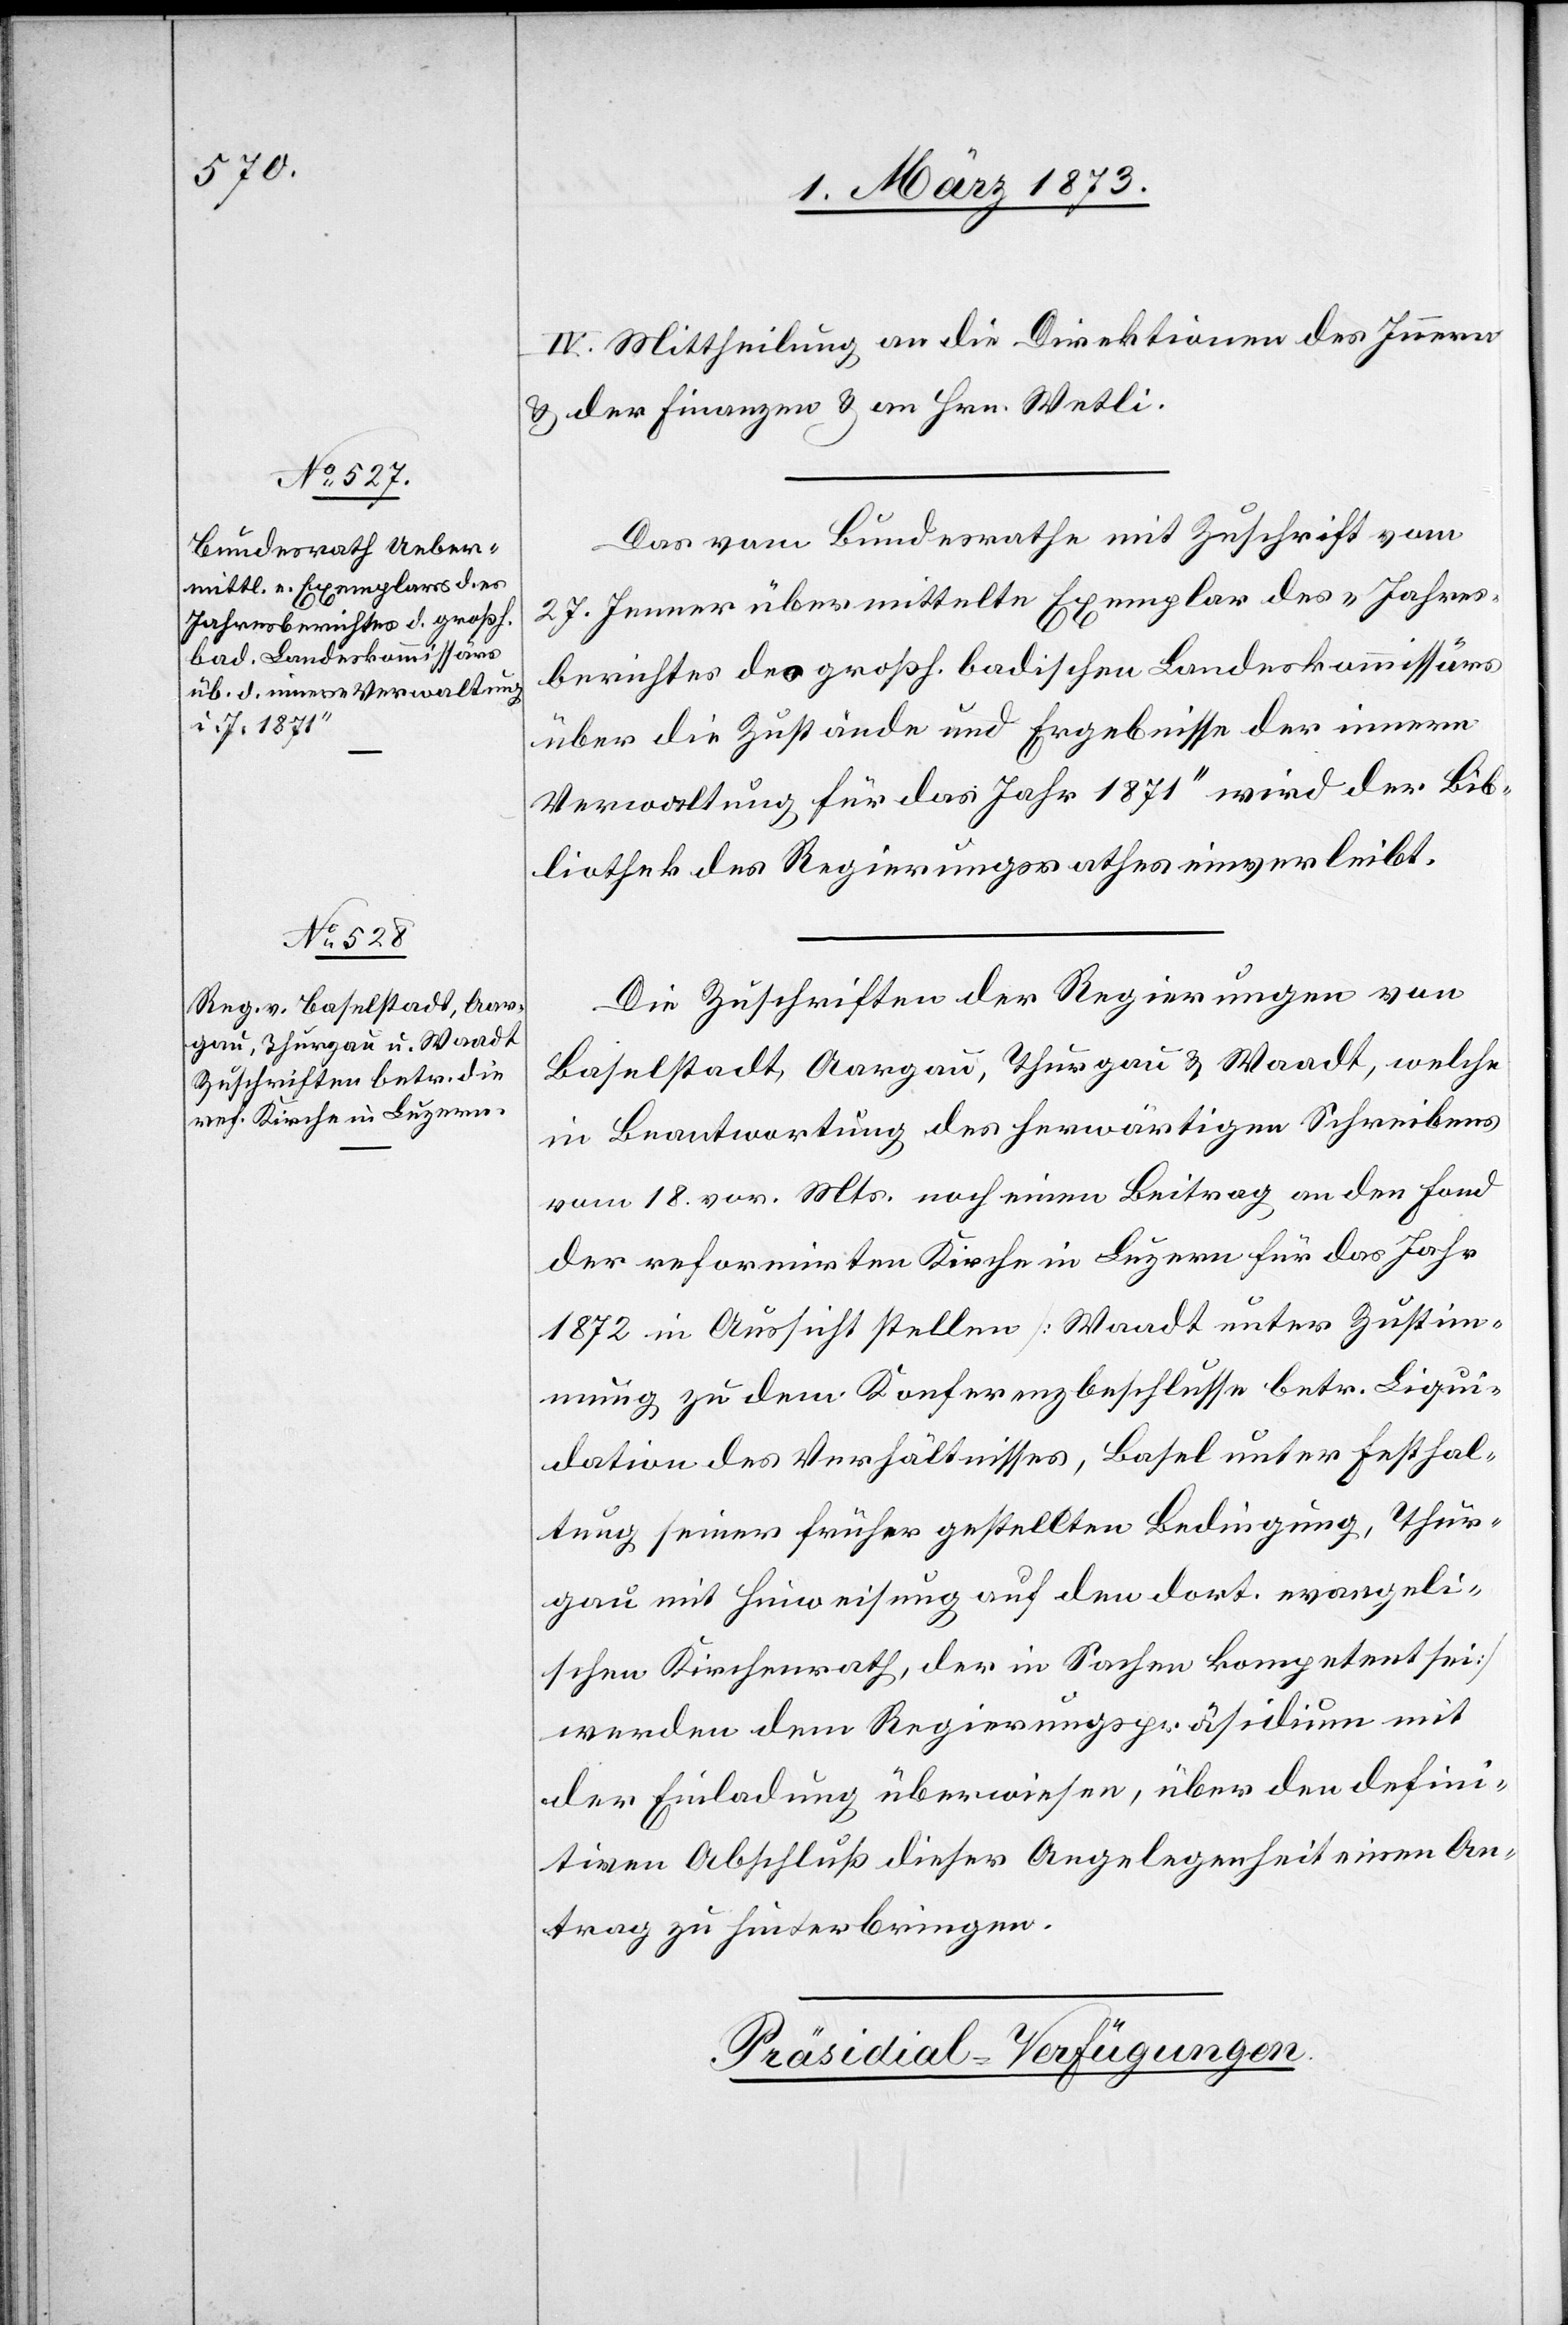
IV. Mittheilung an die Direktionen des Innern
u. der Finanzen u. an Hrn. Wetli.
Das vom Bundesrath mit Zuschrift vom
27. Jenner übermittelte Exemplar des „Jahres¬
berichtes des großh. badischen Landeskommissärs
über die Zustände und Ergebnisse der innern
Verwaltung für das Jahr 1872“ wird der Bib¬
liothek des Regierungsrathes einverleibt.
Die Zuschrift der Regierungen von
Baselstadt, Aargau, Thurgau u. Waadt, welche
in Beantwortung des herwärtigen Schreibens
vom 18. vor. Mts. noch einen Beitrag an den Fond
der reformirten Kirche in Luzern für das Jahr
1872 in Aussicht stellen [Waadt unter Zustim¬
mung zu dem Konferenzbeschlusse betr. Liqui¬
dation des Verhältnisses, Basel unter Festhal¬
tung seiner früher gestellten Bedingung, Thur¬
gau mit Hinweisung auf den dort evangeli¬
schen Kirchenrath, der in Sachen kompetent sei]
werden dem Regierungspräsidium mit
der Einladung überwiesen, über den defini¬
tiven Abschluß dieser Angelegenheit einen An¬
trag zu hinterbringen.
Präsidial-Verfügungen.